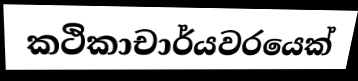
කථිකාචාර්යවරයෙක්